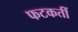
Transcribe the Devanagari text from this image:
फटकतीं